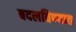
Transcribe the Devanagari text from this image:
बदलविण्यात